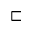
\sqsubset